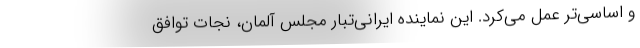
و اساسی‌تر عمل می‌کرد. این نماینده ایرانی‌تبار مجلس آلمان، نجات توافق